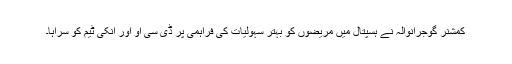
کمشنر گوجرانوالہ نے ہسپتال میں مریضوں کو بہتر سہولیات کی فراہمی پر ڈی سی او اور انکی ٹیم کو سراہا۔